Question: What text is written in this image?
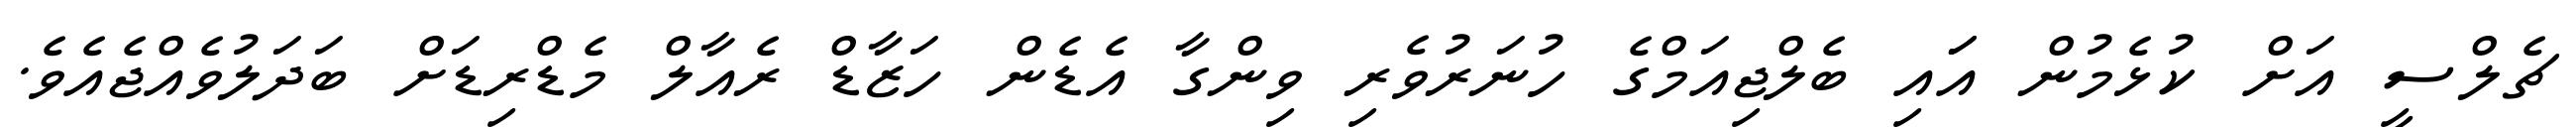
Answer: ޗެލްސީ އަށް ކުޅެމުން އަައި ބެލްޖިއަމްގެ ހުނަރުވެރި ވިންގާ އެޑެން ހަޒާޑް ރެއާލް މެޑްރިޑަށް ބަދަލުވެއްޖެއެވެ.